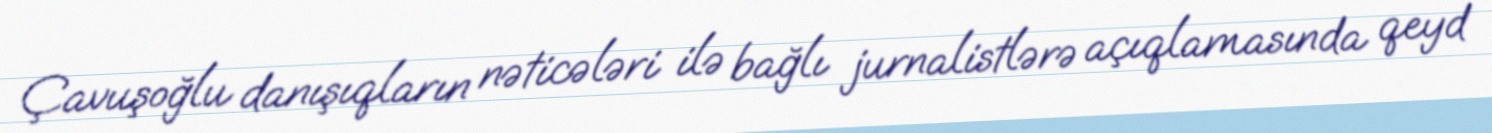
Çavuşoğlu danışıqların nəticələri ilə bağlı jurnalistlərə açıqlamasında qeyd